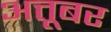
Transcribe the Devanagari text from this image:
अत्तूबर